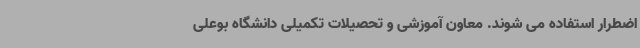
اضطرار استفاده می شوند. معاون آموزشی و تحصیلات تکمیلی دانشگاه بوعلی